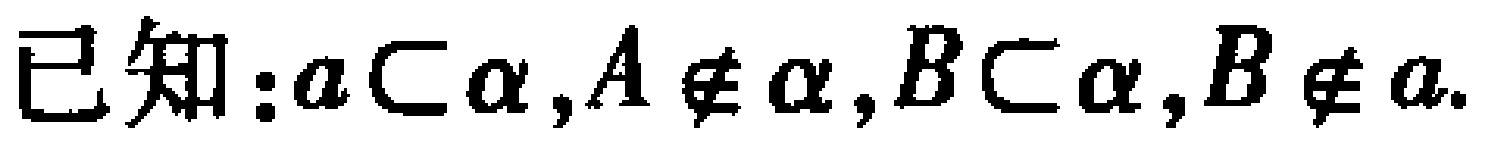
已知：\(a\subset \alpha,A\notin \alpha,B\subset \alpha,B\notin a\)